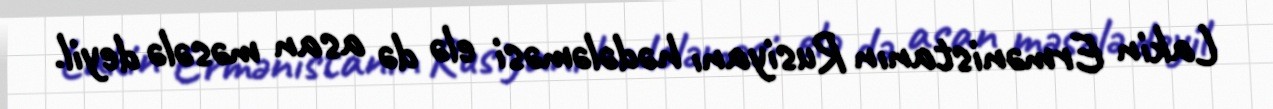
Lakin Ermənistanın Rusiyanı hədələməsi elə də asan məsələ deyil.